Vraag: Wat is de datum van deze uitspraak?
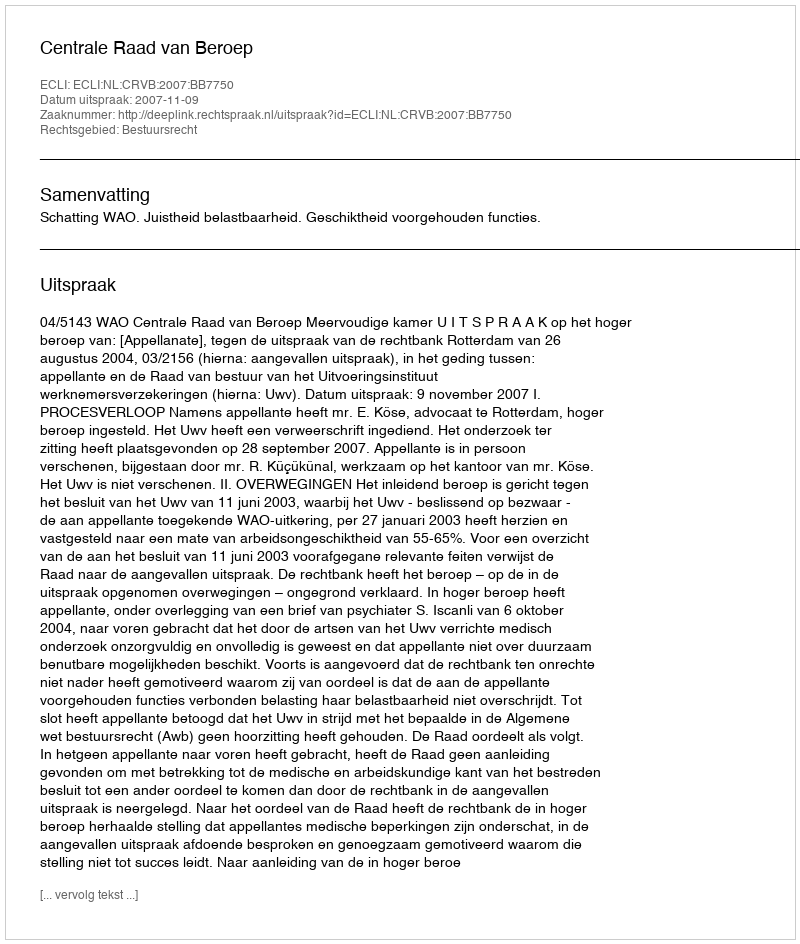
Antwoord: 2007-11-09